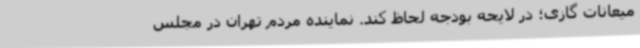
میعانات گازی؛ در لایحه بودجه لحاظ کند. نماینده مردم تهران در مجلس